Vaccination in Bombay 1869-1873 - 1869-1873
Year: 1869
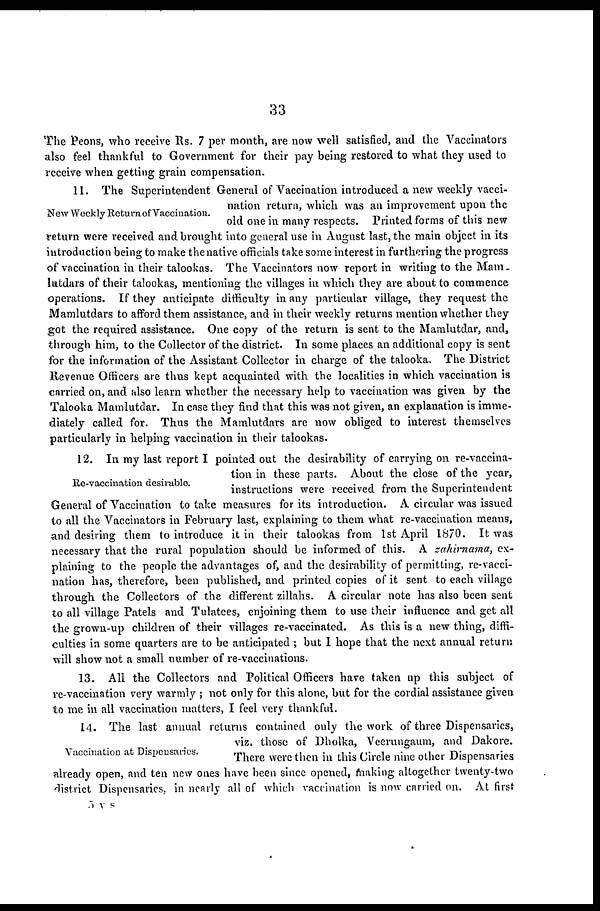
33
The Peons, who receive Rs. 7 per month, are now well satisfied, and the Vaccinators
also feel thankful to Government for their pay being restored to what they used to
receive when getting grain compensation.
New Weekly Return of Vaccination.
11. The Superintendent General of Vaccination introduced a new weekly vacci-
nation return, which was an improvement upon the
old one in many respects. Printed forms of this new
return were received and brought into general use in August last, the main object in its
introduction being to make the native officials take some interest in furthering the progress
of vaccination in their talookas. The Vaccinators now report in writing to the Mam.
lutdars of their talookas, mentioning the villages in which they are about to commence
operations. If they anticipate difficulty in any particular village, they request the
Mamlutdars to afford them assistance, and in their weekly returns mention whether they
got the required assistance. One copy of the return is sent to the Mamlutdar, and,
through him, to the Collector of the district. In some places an additional copy is sent
for the information of the Assistant Collector in charge of the talooka. The District
Revenue Officers are thus kept acquainted with the localities in which vaccination is
carried on, and also learn whether the necessary help to vaccination was given by the
Talooka Mamlutdar. In case they find that this was not given, an explanation is imme-
diately called for. Thus the Mamlutdars are now obliged to interest themselves
particularly in helping vaccination in their talookas.
Re-vaccination desirable
12. In my last report I pointed out the desirability of carrying on re-vaccina-
tion in these parts. About the close of the year,
instructions were received from the Superintendent
General of Vaccination to take measures for its introduction. A circular was issued
to all the Vaccinators in February last, explaining to them what re-vaccination means,
and desiring them to introduce it in their talookas from 1st April 1870. It was
necessary that the rural population should be informed of this. A zahirnama, ex-
plaining to the people the advantages of, and the desirability of permitting, re-vacci-
nation has, therefore, been published, and printed copies of it sent to each village
through the Collectors of the different zillahs. A circular note has also been sent
to all village Patels and Tulatees, enjoining them to use their influence and get all
the grown-up children of their villages re-vaccinated. As this is a new thing, diffi-
culties in some quarters are to be anticipated ; but I hope that the next annual return
will show not a small number of re-vaccinations.
13. All the Collectors and Political Officers have taken up this subject of
re-vaccination very warmly ; not only for this alone, but for the cordial assistance given
to me in all vaccination matters, I feel very thankful.
Vaccination at Dispensaries.
14. The last annual returns contained only the work of three Dispensaries,
viz. those of Dholka, Veerungaum, and Dakore.
There were then in this Circle nine other Dispensaries
already open, and ten new ones have been since opened, making altogether twenty-two
district Dispensaries, in nearly all of which vaccination is now carried on. At first
5 v s